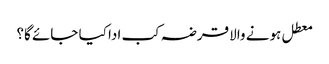
معطل ہونے والا قرضہ کب ادا کیا جائے گا؟